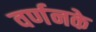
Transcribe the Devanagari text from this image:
वर्णनके